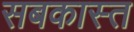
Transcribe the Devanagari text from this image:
सबकास्त